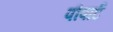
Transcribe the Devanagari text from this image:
पौपार्ट